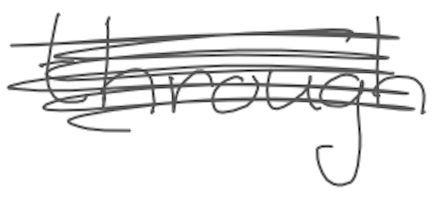
Text: through
Cross-out: scratch
Writing tool: digital_gray